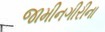
જામીનગીરીના